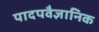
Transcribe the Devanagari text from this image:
पादपवैज्ञानिक